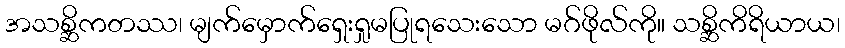
အသစ္ဆိကတဿ၊ မျက်မှောက်ရှေးရှုမပြုရသေးသော မဂ်ဖိုလ်ကို။ သစ္ဆိကိရိယာယ၊